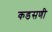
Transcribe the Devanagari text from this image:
कडसणी